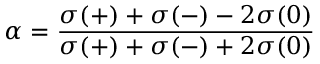
\alpha = \frac { \sigma ( + ) + \sigma ( - ) - 2 \sigma ( 0 ) } { \sigma ( + ) + \sigma ( - ) + 2 \sigma ( 0 ) }